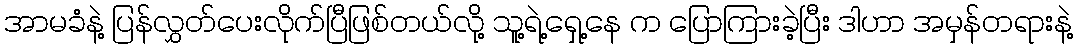
အာမခံနဲ့ ပြန်လွှတ်ပေးလိုက်ပြီဖြစ်တယ်လို့ သူ့ရဲ့ရှေ့နေ က ပြောကြားခဲ့ပြီး ဒါဟာ အမှန်တရားနဲ့